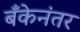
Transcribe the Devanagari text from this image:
बँकेनंतर